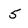
Character: 5